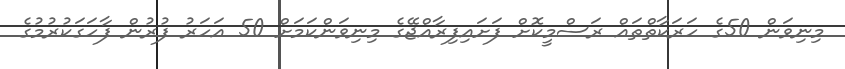
މިނިވަން 50ގެ ހަރަކާތްތައް ރަސްމީކޮށް ފަށައިފިރާއްޖޭގެ މިނިވަންކަމަށް 50 އަހަރު ފުރުން ފާހަގަކުރުމުގެ